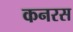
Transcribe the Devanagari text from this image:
कनरस